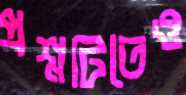
প্রশ্নটিতেও